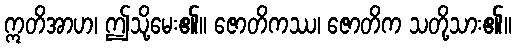
ဣတိအာဟ၊ ဤသို့မေး၏။ ဇောတိကဿ၊ ဇောတိက သတို့သား၏။